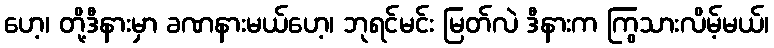
ဟေ့၊ တို့ဒီနားမှာ ခဏနားမယ်ဟေ့၊ ဘုရင်မင်း မြတ်လဲ ဒီနားက ကြွသားလိမ့်မယ်၊